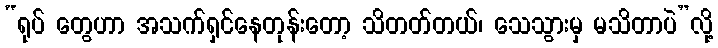
“ရုပ် တွေဟာ အသက်ရှင်နေတုန်းတော့ သိတတ်တယ်၊ သေသွားမှ မသိတာပဲ”လို့